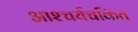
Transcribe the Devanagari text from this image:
आश्‍चर्यचकित